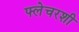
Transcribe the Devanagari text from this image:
फ्लेचरशी